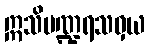
ဣသိပဏ္ဍရသဝှယ